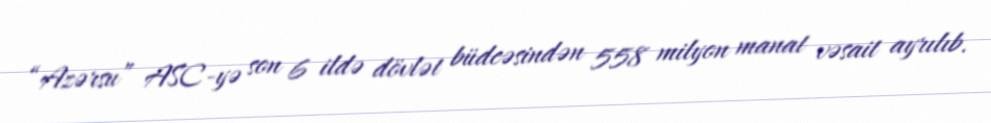
“Azərsu” ASC-yə son 6 ildə dövlət büdcəsindən 558 milyon manat vəsait ayrılıb.